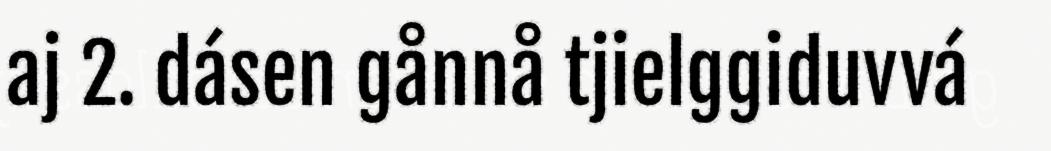
aj 2. dásen gånnå tjielggiduvvá